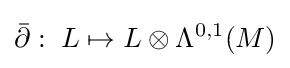
{\bar {\partial }}:\;L\mapsto L\otimes \Lambda ^{0,1}(M)